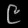
Digit: ၉